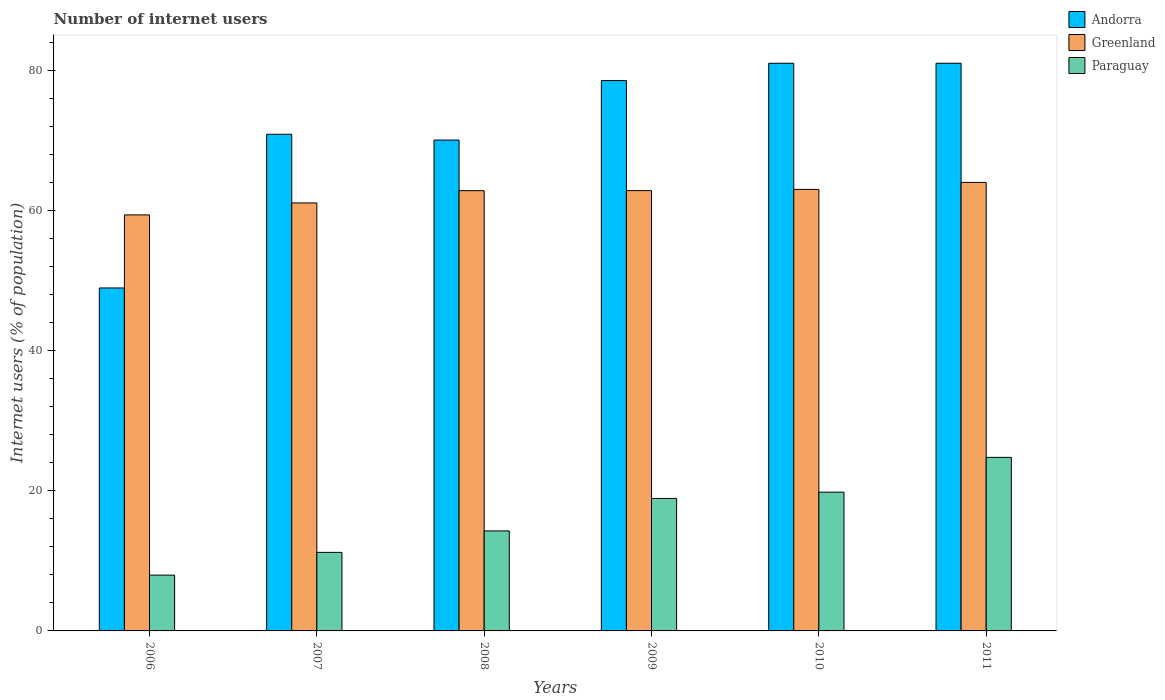
| Years | Andorra | Greenland | Paraguay |
 | --- | --- | --- | --- |
 | 2006 | 48.9 | 59.4 | 7.96 |
 | 2007 | 70.9 | 61.1 | 11.2 |
 | 2008 | 70 | 62.8 | 14.3 |
 | 2009 | 78.5 | 62.8 | 18.9 |
 | 2010 | 81 | 63 | 19.8 |
 | 2011 | 81 | 64 | 24.8 |